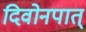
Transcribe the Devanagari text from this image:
दिवोनपात्